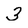
Character: 3